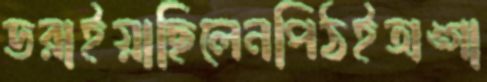
ডরাইয়াছিলেনপিঠইঅঙ্গা